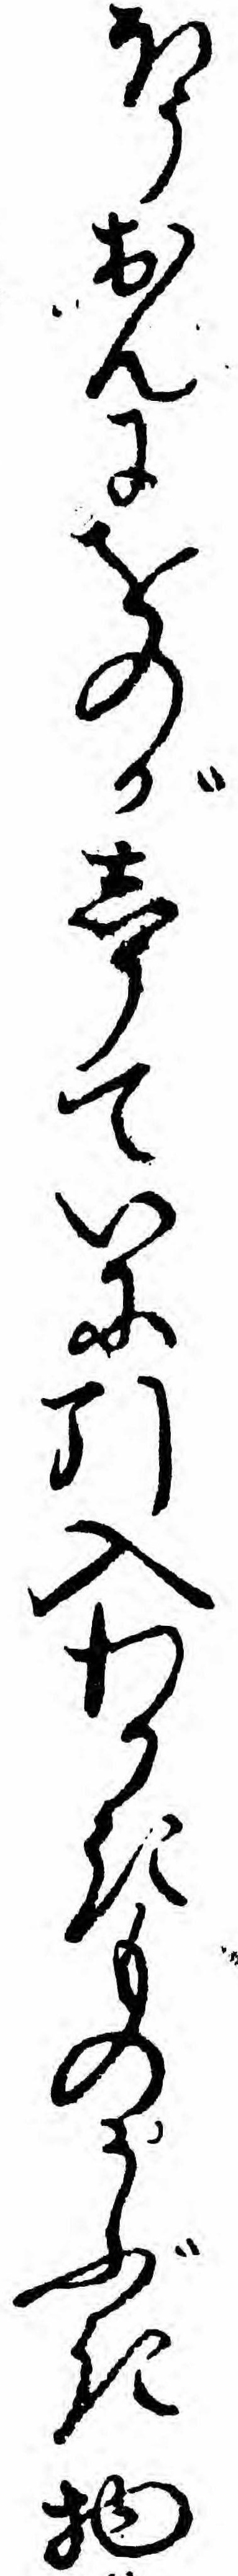
ほうおんにをのがしうていに引入わかきものかぶき物